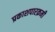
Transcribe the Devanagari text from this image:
प्रकाशपारक्रमी